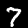
Label: 7